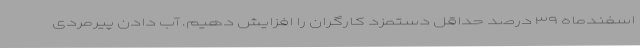
اسفندماه ٣٩ درصد حداقل دستمزد کارگران را افزایش دهیم. آب دادن پیرمردی